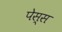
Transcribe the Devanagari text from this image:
पेस्स